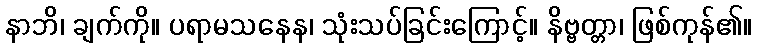
နာဘိ၊ ချက်ကို။ ပရာမသနေန၊ သုံးသပ်ခြင်းကြောင့်။ နိဗ္ဗတ္တာ၊ ဖြစ်ကုန်၏။